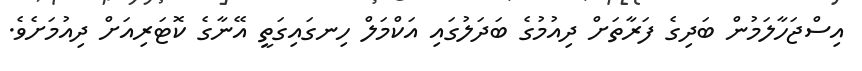
އިސްޖަހާލަމުން ބަދިގެ ފަރާތަށް ދިއުމުގެ ބަދަލުގައި އަކްމަލް ހިނގައިގަތީ އޭނާގެ ކޮޓަރިއަށް ދިއުމަށެވެ.